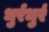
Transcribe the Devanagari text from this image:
धुर्रधुर्र